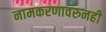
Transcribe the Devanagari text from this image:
नामकरणावरुनही